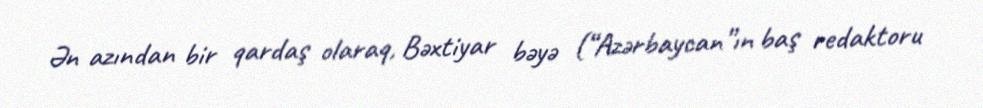
Ən azından bir qardaş olaraq, Bəxtiyar bəyə (“Azərbaycan”ın baş redaktoru